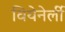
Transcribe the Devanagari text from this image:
वियेनेर्ली